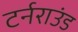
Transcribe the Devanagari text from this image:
टर्नराउंड